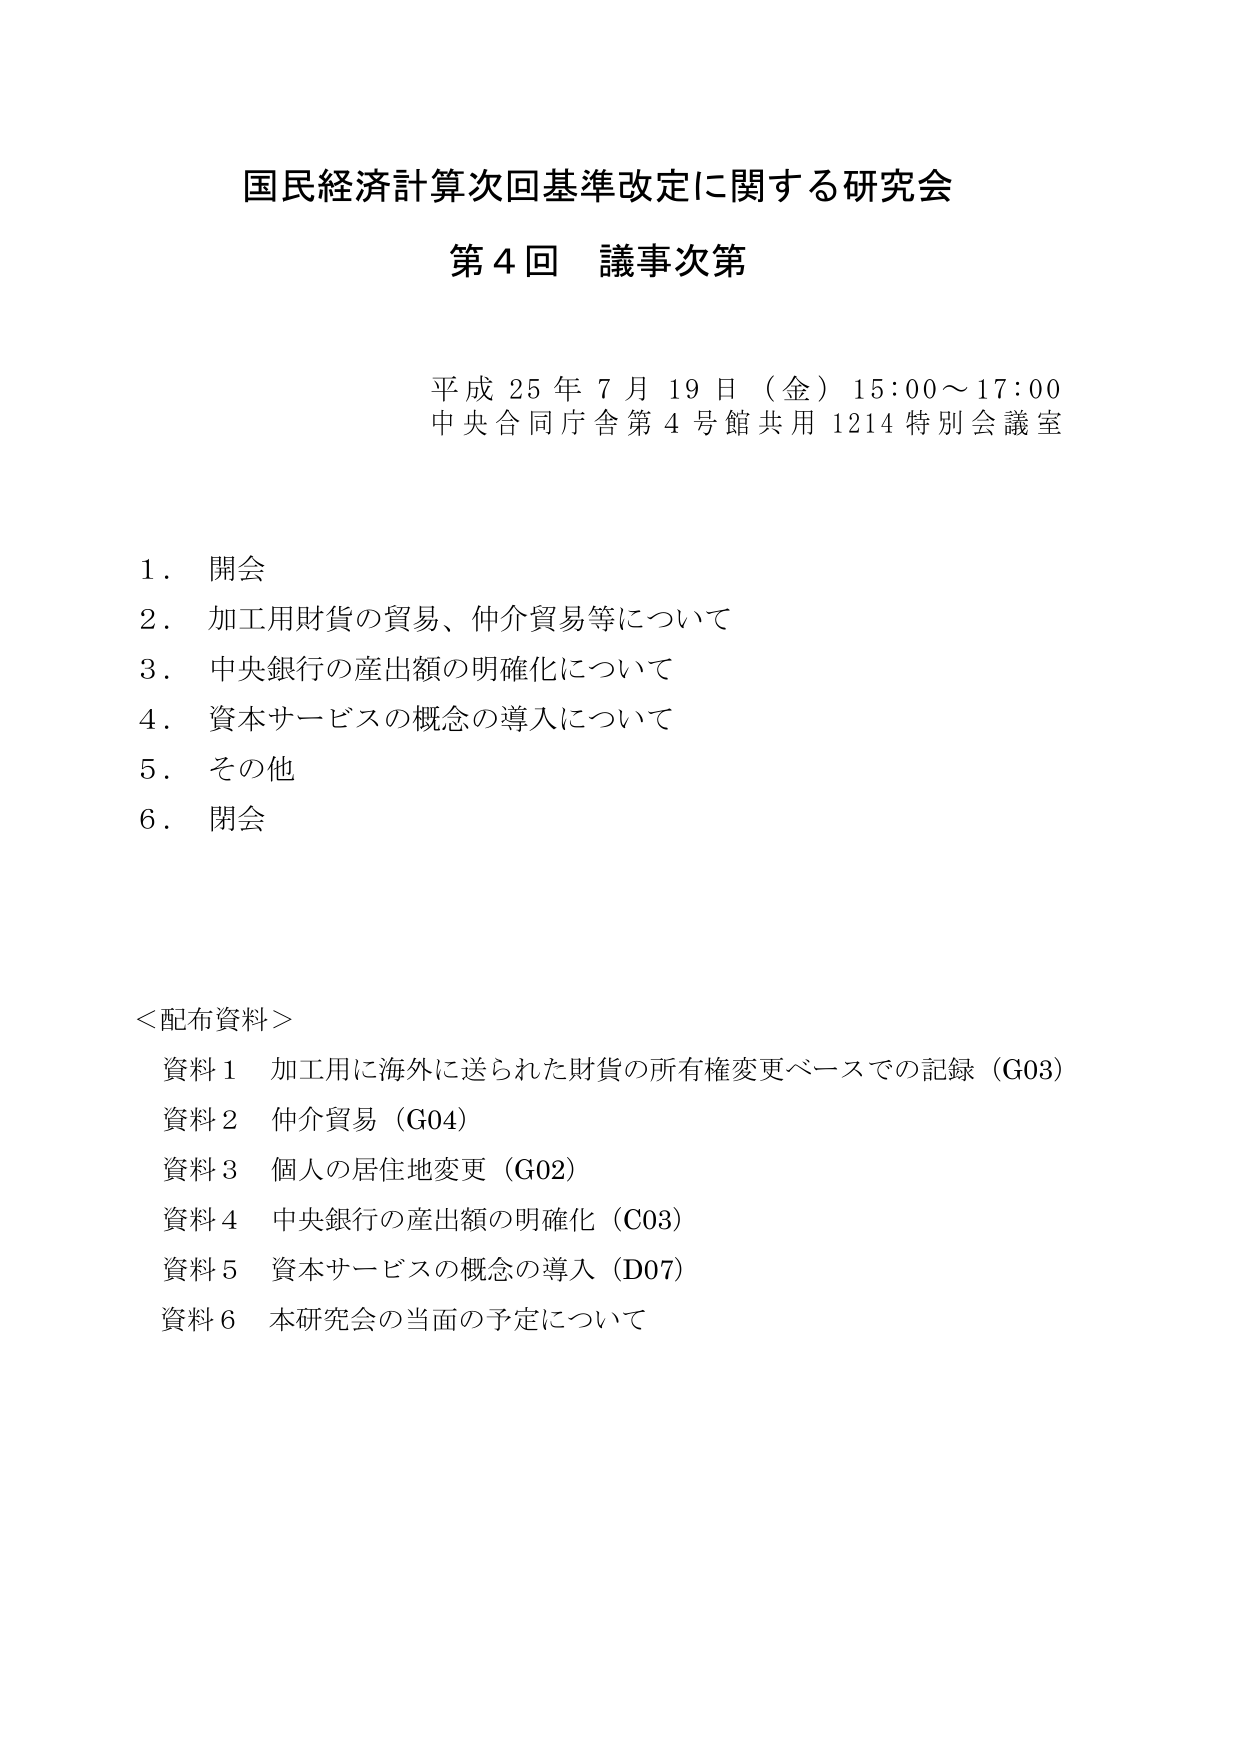
国民経済計算次回基準改定に関する研究会
第４回 議事次第

平成25年7月19日（金）15:00～17:00
中央合同庁舎第4号館共用1214特別会議室

1．開会
2．加工用財貨の貿易、仲介貿易等について
3．中央銀行の産出額の明確化について
4．資本サービスの概念の導入について
5．その他
6．閉会

＜配布資料＞
資料1 加工用に海外に送られた財貨の所有権変更ベースでの記録（G03）
資料2 仲介貿易（G04）
資料3 個人の居住地変更（G02）
資料4 中央銀行の産出額の明確化（C03）
資料5 資本サービスの概念の導入（D07）
資料6 本研究会の当面の予定について